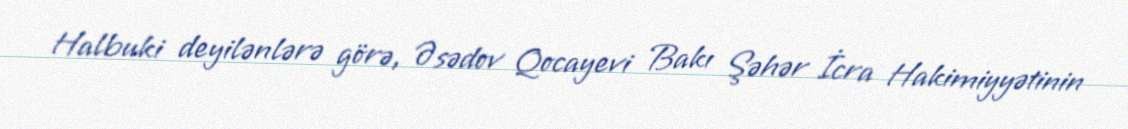
Halbuki deyilənlərə görə, Əsədov Qocayevi Bakı Şəhər İcra Hakimiyyətinin